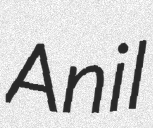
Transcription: Anil